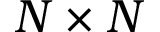
N \times N